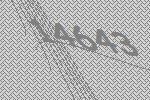
14643